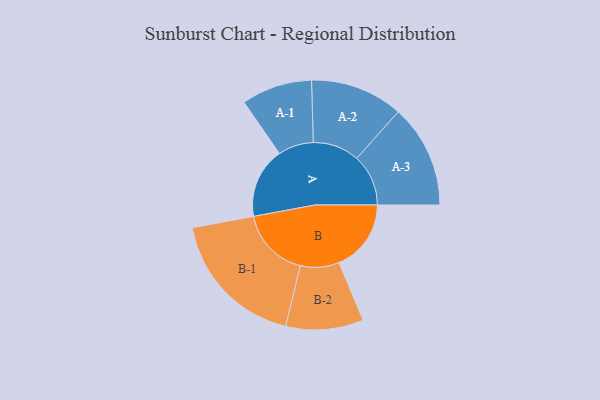
{"axis": {"x": "Segment", "y": "Value"}, "legend": ["", "A", "B"], "data": [{"x": "A", "y": 269, "type": ""}, {"x": "B", "y": 275, "type": ""}, {"x": "A-1", "y": 135, "type": "A"}, {"x": "A-2", "y": 177, "type": "A"}, {"x": "A-3", "y": 197, "type": "A"}, {"x": "B-1", "y": 269, "type": "B"}, {"x": "B-2", "y": 148, "type": "B"}]}